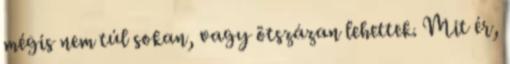
mégis nem túl sokan, vagy ötszázan lehettek. Mit ér,